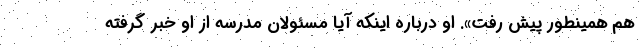
هم همینطور پیش رفت». او درباره اینکه آیا مسئولان مدرسه از او خبر گرفته